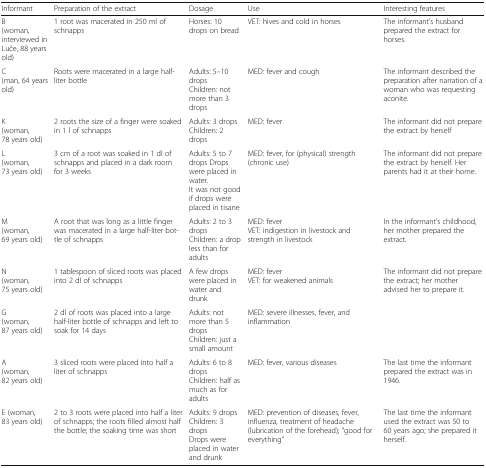
| Informant | Preparation of the extract | Dosage | Use | Interesting features |
 | --- | --- | --- | --- | --- |
 | B(woman, interviewed in Luče, 88 years old) | 1 root was macerated in 250 ml of schnapps | Horses: 10 drops on bread | VET: hives and cold in horses | The informant’s husband prepared the extract for horses. |
 | C(man, 64 years old) | Roots were macerated in a large half-liter bottle | Adults: 5–10 dropsChildren: not more than 3 drops | MED: fever and cough | The informant described the preparation after narration of a woman who was requesting aconite. |
 | K(woman, 78 years old) | 2 roots the size of a finger were soaked in 1 l of schnapps | Adults: 3 dropsChildren: 2 drops | MED: fever | The informant did not prepare the extract by herself |
 | L(woman, 73 years old) | 3 cm of a root was soaked in 1 dl of schnapps and placed in a dark room for 3 weeks | Adults: 5 to 7 drops Drops were placed in water.It was not good if drops were placed in tisane | MED: fever, for (physical) strength (chronic use) | The informant did not prepare the extract by herself. Her parents had it at their home. |
 | M(woman, 69 years old) | A root that was long as a little finger was macerated in a large half-liter bottle of schnapps | Adults: 2 to 3 dropsChildren: a drop less than for adults | MED: feverVET: indigestion in livestock and strength in livestock | In the informant’s childhood, her mother prepared the extract. |
 | N(woman, 75 years old) | 1 tablespoon of sliced roots was placed into 2 dl of schnapps | A few drops were placed in water and drunk | MED: feverVET: for weakened animals | The informant did not prepare the extract; her mother advised her to prepare it. |
 | G(woman, 87 years old) | 2 dl of roots was placed into a large half-liter bottle of schnapps and left to soak for 14 days | Adults: not more than 5 dropsChildren: just a small amount | MED: severe illnesses, fever, and inflammation |  |
 | A(woman, 82 years old) | 3 sliced roots were placed into half a liter of schnapps | Adults: 6 to 8 dropsChildren: half as much as for adults | MED: fever, various diseases | The last time the informant prepared the extract was in 1946. |
 | E (woman, 83 years old) | 2 to 3 roots were placed into half a liter of schnapps; the roots filled almost half the bottle; the soaking time was short | Adults: 9 dropsChildren: 3 dropsDrops were placed in water and drunk | MED: prevention of diseases, fever, influenza, treatment of headache (lubrication of the forehead); “good for everything” | The last time the informant used the extract was 50 to 60 years ago; she prepared it herself. |